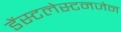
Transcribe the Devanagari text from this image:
डेंस्टलेस्टनजेन